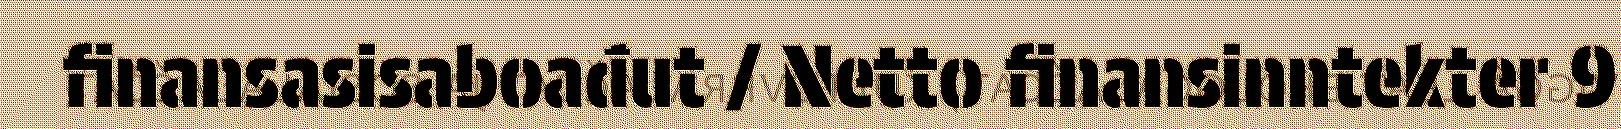
finansasisaboađut / Netto finansinntekter 9